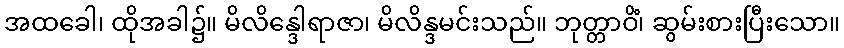
အထခေါ၊ ထိုအခါ၌။ မိလိန္ဒေါရာဇာ၊ မိလိန္ဒမင်းသည်။ ဘုတ္တာဝိံ၊ ဆွမ်းစားပြီးသော။